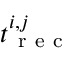
t _ { \mathrm { ~ r ~ e ~ c ~ } } ^ { i , j }